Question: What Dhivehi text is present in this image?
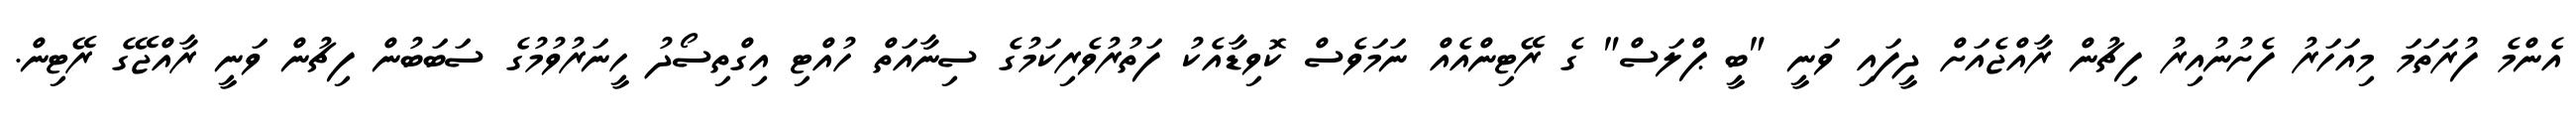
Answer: އެންމެ ފުރަތަމަ މިއަހަރު ފެށުނުއިރު ފިޗުން ރާއްޖެއަށް ދީފައި ވަނީ "ބީ ޕްލަސް" ގެ ރޭޓިންއެއް ނަމަވެސް ކޮވިޑާއެކު ފަތުރުވެރިކަމުގެ ސިނާއަތް ހުއްޓި އިގްތިސޯދު ހީނަރުވުމުގެ ސަބަބުން ފިޗުން ވަނީ ރާއްޖޭގެ ރޭޓިން.